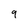
Character: 9